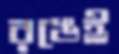
রঙেই